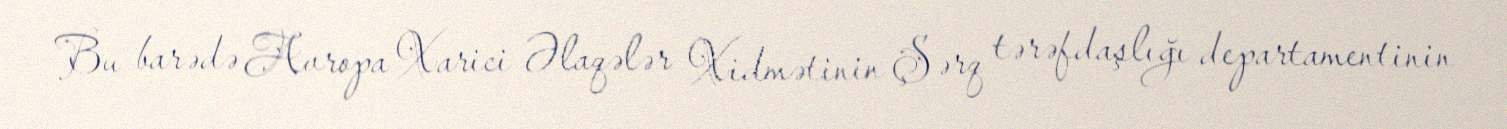
Bu barədə Avropa Xarici Əlaqələr Xidmətinin Şərq tərəfdaşlığı departamentinin